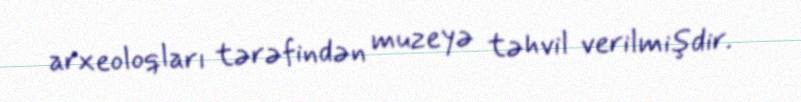
arxeoloqları tərəfindən muzeyə təhvil verilmişdir.